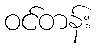
ဝင်တန်း